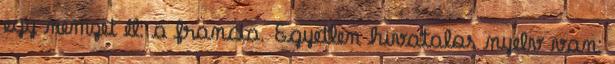
egy nemzet él: a francia. Egyetlen hivatalos nyelv van: